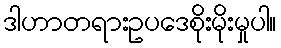
ဒါဟာတရားဥပဒေစိုးမိုးမှုပါ။